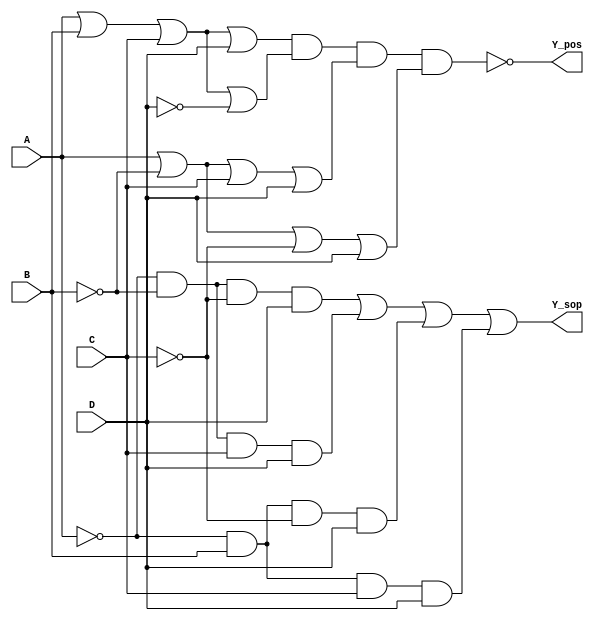
module comb_logic (
    input wire A, // Input variable A
    input wire B, // Input variable B
    input wire C, // Input variable C
    input wire D, // Input variable D
    output wire Y_sop, // Output for SOP form
    output wire Y_pos  // Output for POS form
);

    // Sum of Products (SOP) implementation
    // Example minterms where Y is true: Minterms 1, 3, 5, 7
    // Minterm representations: 
    // m1 = A'B'C'D
    // m3 = A'B'CD
    // m5 = A'BC'D
    // m7 = A'BCD
    wire m1 = ~A & ~B & ~C & D; // A'B'C'D
    wire m3 = ~A & ~B & C & D;  // A'B'CD
    wire m5 = ~A & B & ~C & D;   // A'BC'D
    wire m7 = ~A & B & C & D;    // A'BCD

    assign Y_sop = m1 | m3 | m5 | m7; // A + B + C + D + ...

    // Product of Sums (POS) implementation
    // Example maxterms where Y is false: Maxterms 0, 2, 4, 6
    // Maxterm representations:
    // M0 = A + B + C + D
    // M2 = A + B + C + D'
    // M4 = A + B' + C + D
    // M6 = A + B' + C' + D
    wire max0 = A | B | C | D;              // A + B + C + D
    wire max2 = A | B | C | ~D;             // A + B + C + D'
    wire max4 = A | ~B | C | D;             // A + B' + C + D
    wire max6 = A | ~B | ~C | D;            // A + B' + C' + D

    assign Y_pos = ~(max0 & max2 & max4 & max6); // A'B'C'D' + A'B'C'D...

endmodule